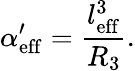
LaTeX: \alpha_{\mathrm{eff}}^{\prime}=\frac{l_{\mathrm{eff}}^{3}}{R_{3}}.